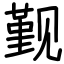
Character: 觐